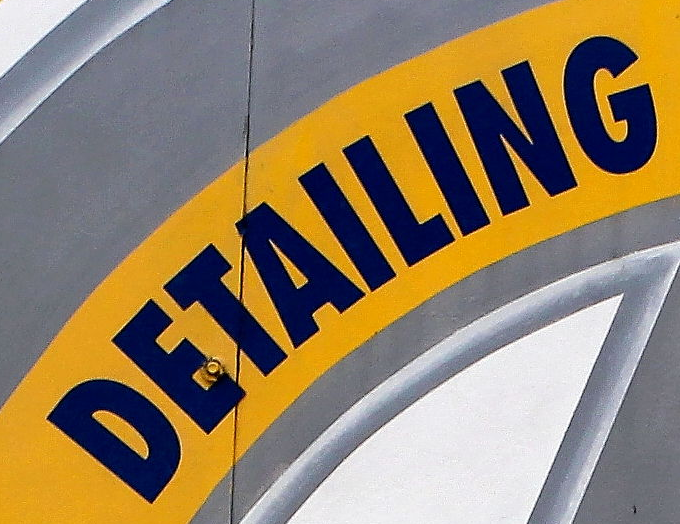
DETAILING